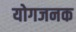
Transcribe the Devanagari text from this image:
योगजनक